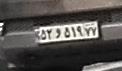
۵۲و۵۱۹۷۷